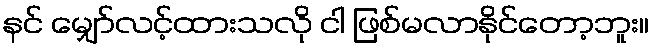
နင် မျှော်လင့်ထားသလို ငါ ဖြစ်မလာနိုင်တော့ဘူး။